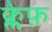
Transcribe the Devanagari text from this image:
क्लेफ़